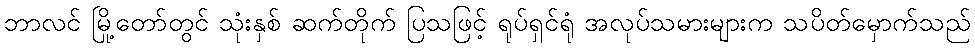
ဘာလင် မြို့တော်တွင် သုံးနှစ် ဆက်တိုက် ပြသဖြင့် ရုပ်ရှင်ရုံ အလုပ်သမားများက သပိတ်မှောက်သည်